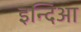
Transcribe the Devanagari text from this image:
इन्दिआ